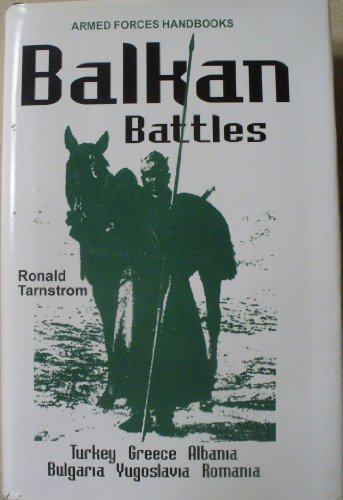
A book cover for Balkan Battles: Turkey, Greece, Albania, Bulgaria, Yugoslavia, Romania (Armed Forces Handbooks); Ronald L. Tarnstrom; History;